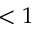
< 1